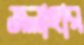
জলাহার